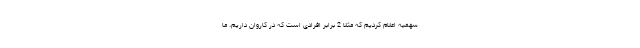
سهمیه اعلام کردیم که مثلا 2 برابر افرادی است که در کاروان داریم. ما